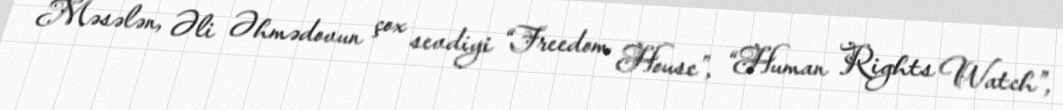
Məsələn, Əli Əhmədovun çox sevdiyi “Freedom House”, “Human Rights Watch”,